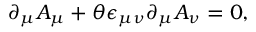
\partial _ { \mu } A _ { \mu } + \theta \epsilon _ { \mu \nu } \partial _ { \mu } A _ { \nu } = 0 ,